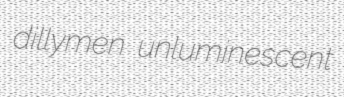
dillymen unluminescent